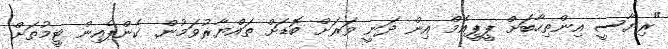
"ރިޔާސީ އިންތިހާބަށް ޕީޕީއެމް އިން ދަނީ ވަރަށް ބޮޑަށް ތައްޔާރުވަމުން